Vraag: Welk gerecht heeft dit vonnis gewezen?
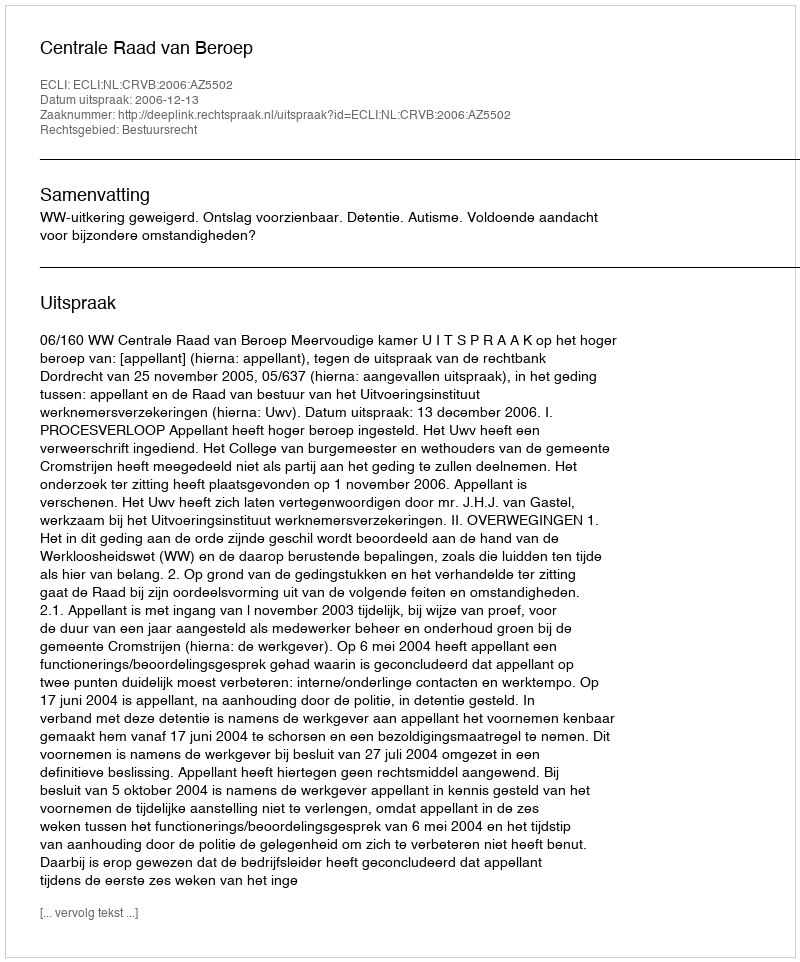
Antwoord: Centrale Raad van Beroep